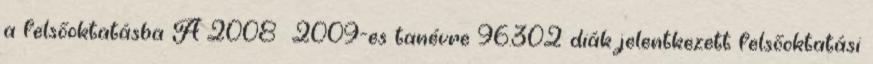
a felsőoktatásba A 2008 2009-es tanévre 96.302 diák jelentkezett felsőoktatási